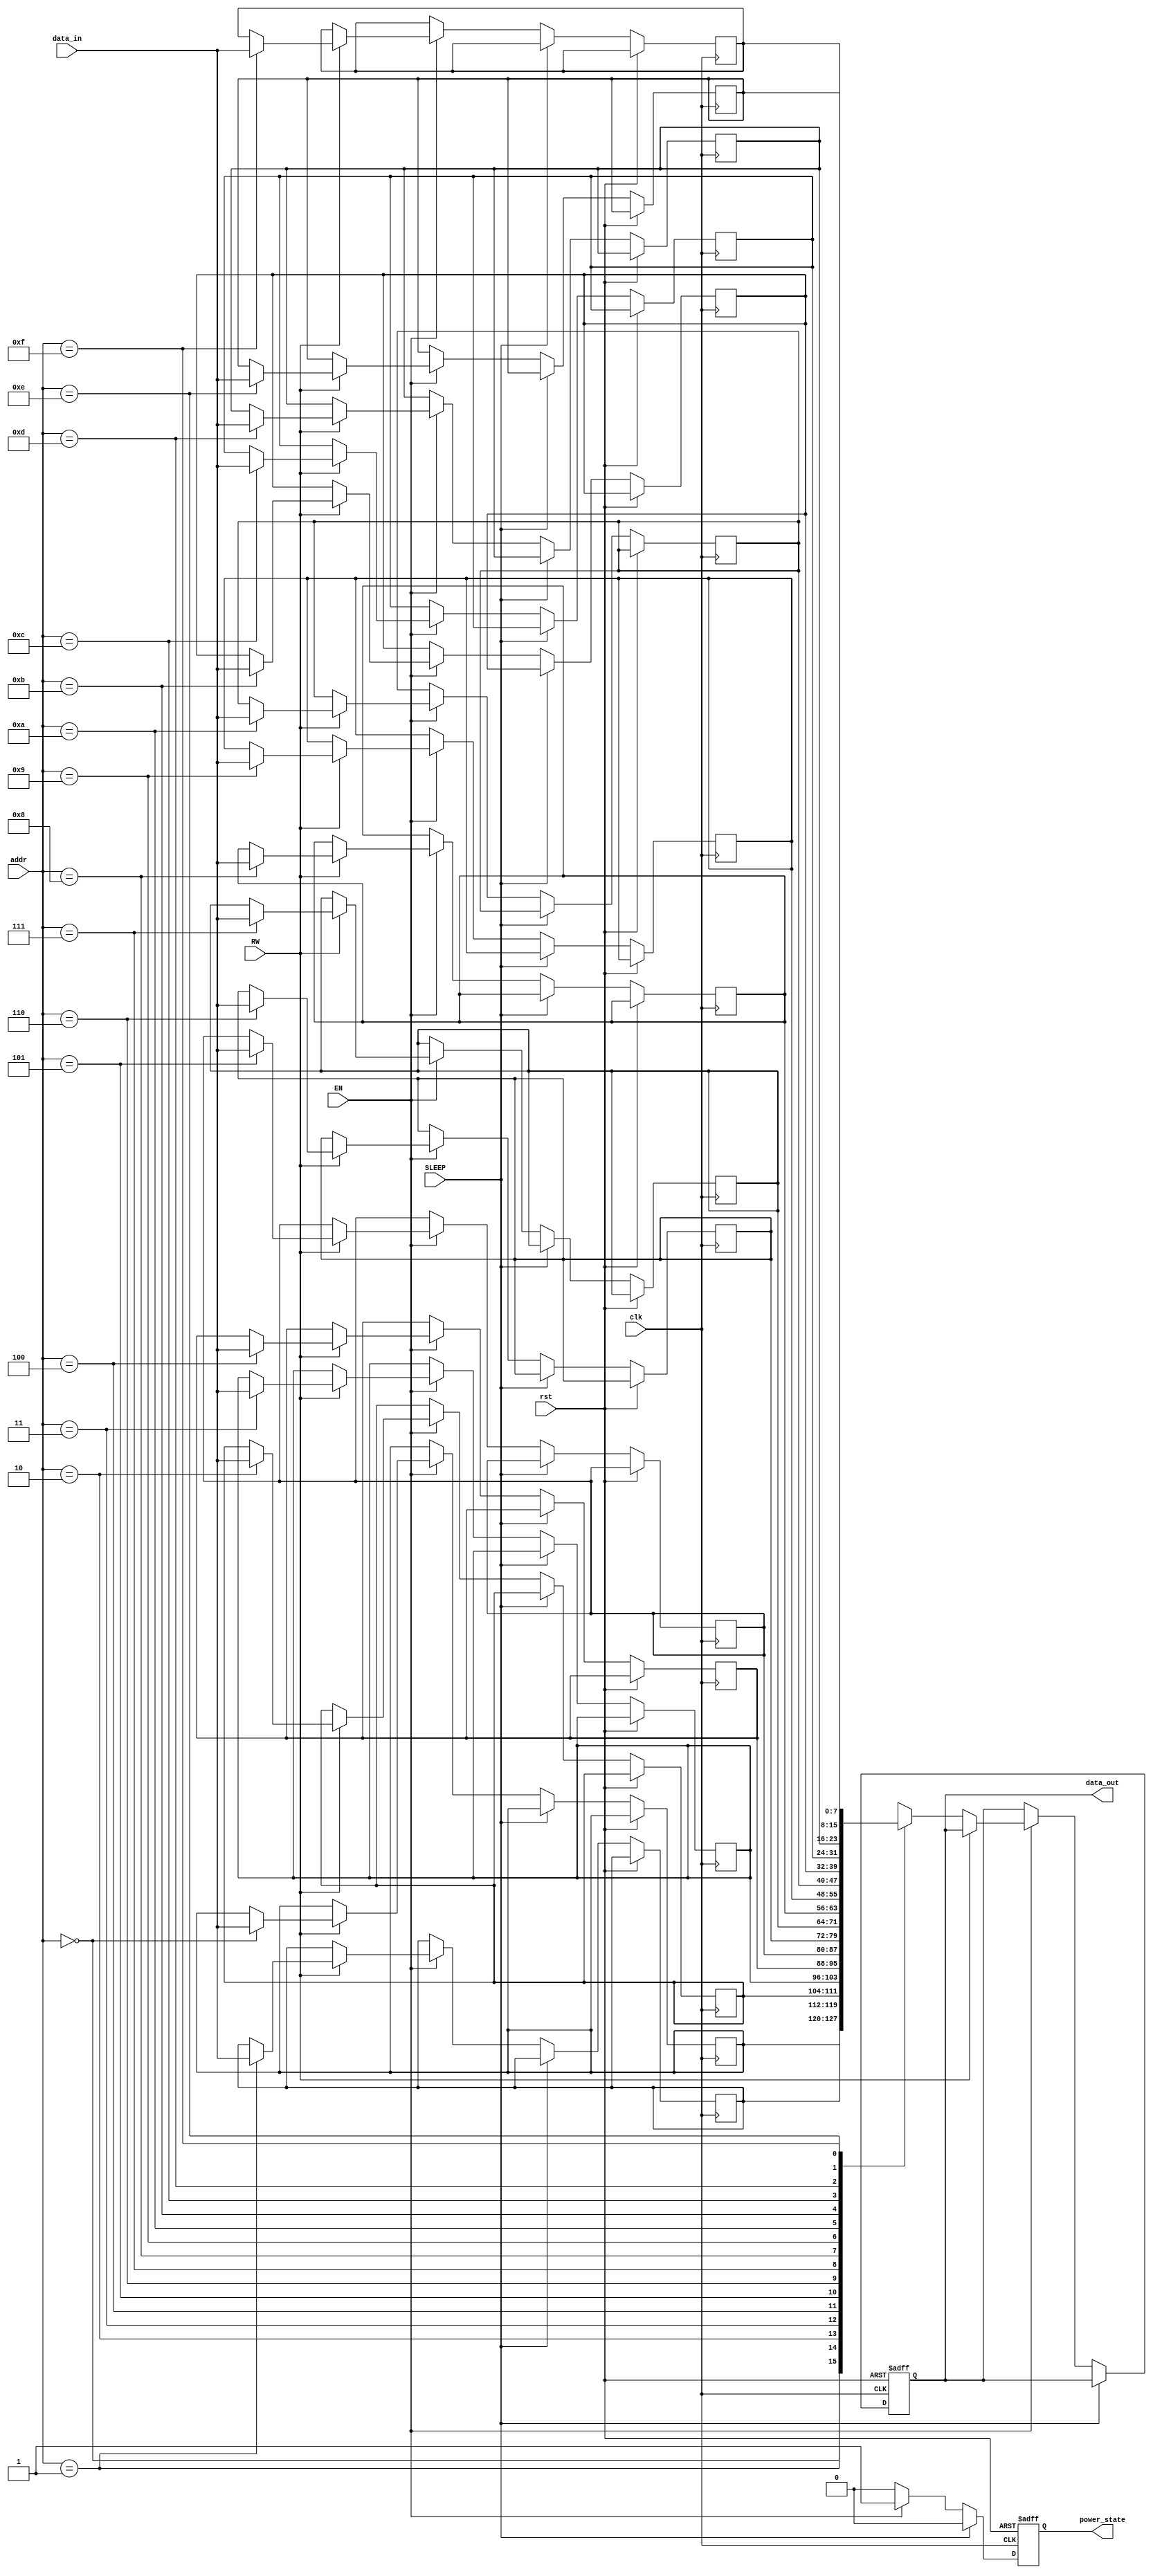
module MemoryBlock (
    input wire clk,            // Clock signal
    input wire rst,            // Reset signal
    input wire EN,             // Enable signal
    input wire SLEEP,          // Sleep signal
    input wire RW,             // Read/Write signal (1 for write, 0 for read)
    input wire [7:0] data_in,  // Data input for write operations
    input wire [3:0] addr,     // Address input
    output reg [7:0] data_out,  // Data output for read operations
    output reg power_state     // Power state of the memory block
);

    // Memory array (16x8 bits)
    reg [7:0] memory_array [0:15];

    // Power management logic
    always @(posedge clk or posedge rst) begin
        if (rst) begin
            power_state <= 1'b0; // Power off initially
            data_out <= 8'b0;    // Clear data output
        end else begin
            if (SLEEP) begin
                power_state <= 1'b0; // Power down
            end else if (EN) begin
                power_state <= 1'b1; // Power up
                if (RW) begin
                    // Write operation
                    memory_array[addr] <= data_in;
                end else begin
                    // Read operation
                    data_out <= memory_array[addr];
                end
            end else begin
                power_state <= 1'b0; // Power down if not enabled
            end
        end
    end

endmodule